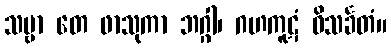
သဗ္ဗာ တေ ဖာသုကာ ဘဂ္ဂါ၊ ဂဟကူဋံ ဝိသင်္ခတံ။